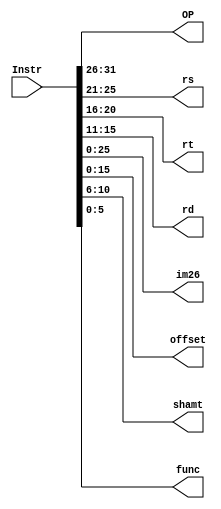
`timescale 1ns / 1ps
//////////////////////////////////////////////////////////////////////////////////
// Company: 
// Engineer: 
// 
// Design Name: 
// Module Name:    splitter 
// Project Name: 
// Target Devices: 
// Tool versions: 
// Description: 
//
// Dependencies: 
//
// Revision: 
// Revision 0.01 - File Created
// Additional Comments: 
//
//////////////////////////////////////////////////////////////////////////////////
module splitter(
    input [31:0] Instr,
    output [5:0] OP,
    output [4:0] rs,
    output [4:0] rt,
    output [4:0] rd,
    output [25:0] im26,
    output [15:0] offset,
	 output [4:0] shamt,
	 output [5:0] func
    );
assign OP = Instr[31:26];
assign rs = Instr[25:21];
assign rt = Instr[20:16];
assign rd = Instr[15:11];
assign im26 = Instr[25:0];
assign offset = Instr[15:0];
assign shamt = Instr[10:6];
assign func = Instr[5:0];

endmodule